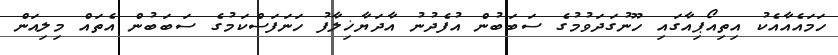
ހަމައެއާއެކު އިތިއޯޕިއާގައި ހޫނުގަދަވުމުގެ ސަބަބުން އުފެދުނު އާދަޔާޚިލާފު ހަނަފަސްކަމުގެ ސަބަބުން އެތައް މިލިއަން